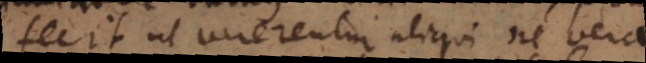
fecit ut vererentur aliqui ne vera